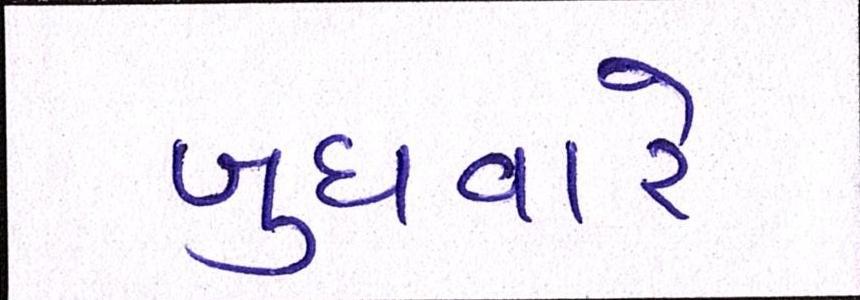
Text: બુધવારે